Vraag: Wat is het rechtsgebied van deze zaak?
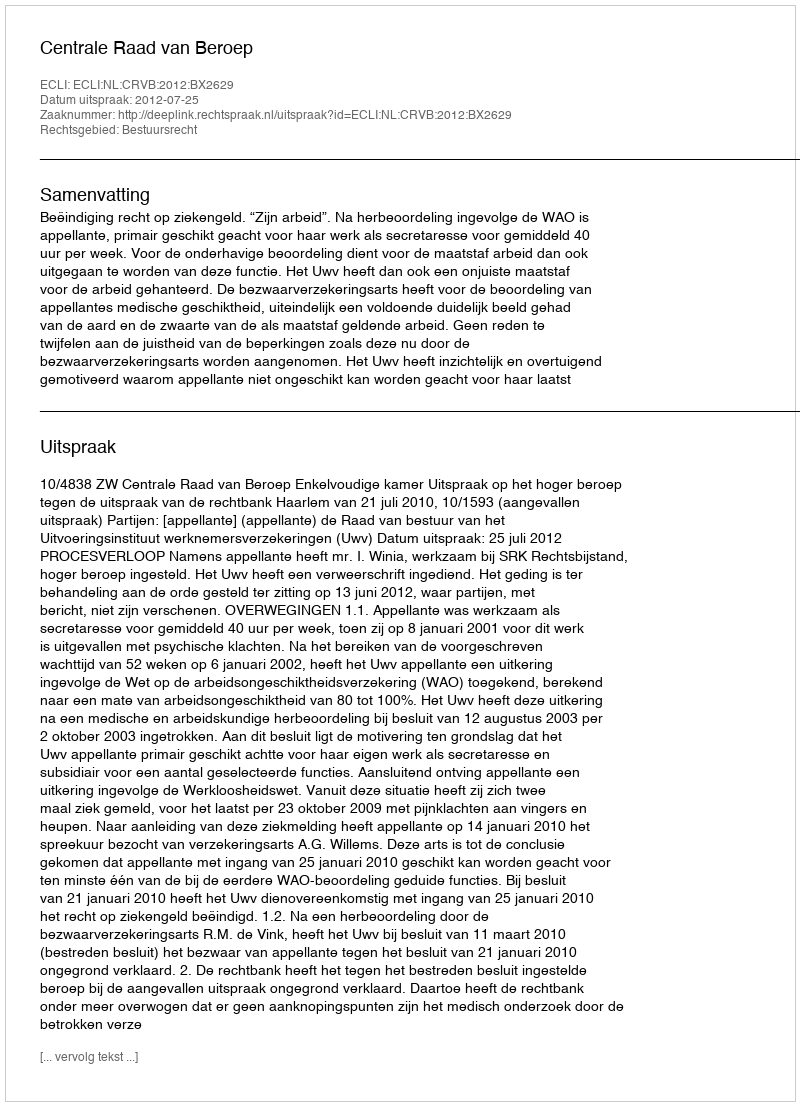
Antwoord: Bestuursrecht